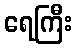
ရေကြီး